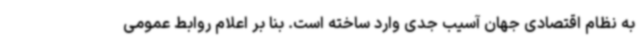
به نظام اقتصادی جهان آسیب جدی وارد ساخته است. بنا بر اعلام روابط عمومی